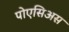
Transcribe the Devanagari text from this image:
पोएसिअस